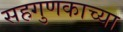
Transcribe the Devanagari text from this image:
सहगुणकाच्या